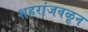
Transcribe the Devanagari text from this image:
शहरांजवळून